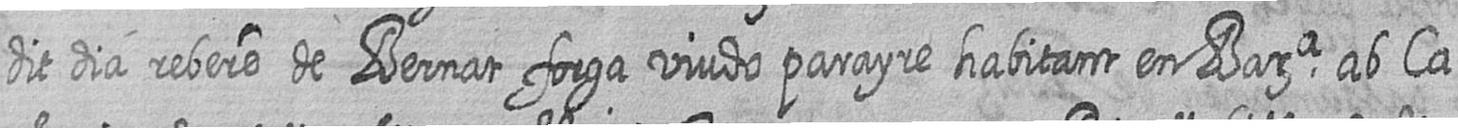
dit dia rebere de Bernat forga viudo parayre habitant en Bara ab Ca=